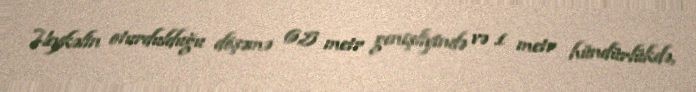
Heykəlin oturdulduğu döşəmə 6,5 metr genişliyində və 1 metr hündürlükdə,